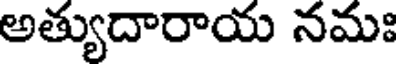
అత్యుదారాయ నమః